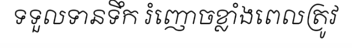
ទទួលទានទឹក រំញោចខ្លាំងពេលត្រូវ